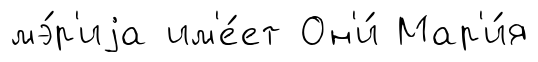
мэ́р'иjа им'е́ет Он'и́ Мар'и́я